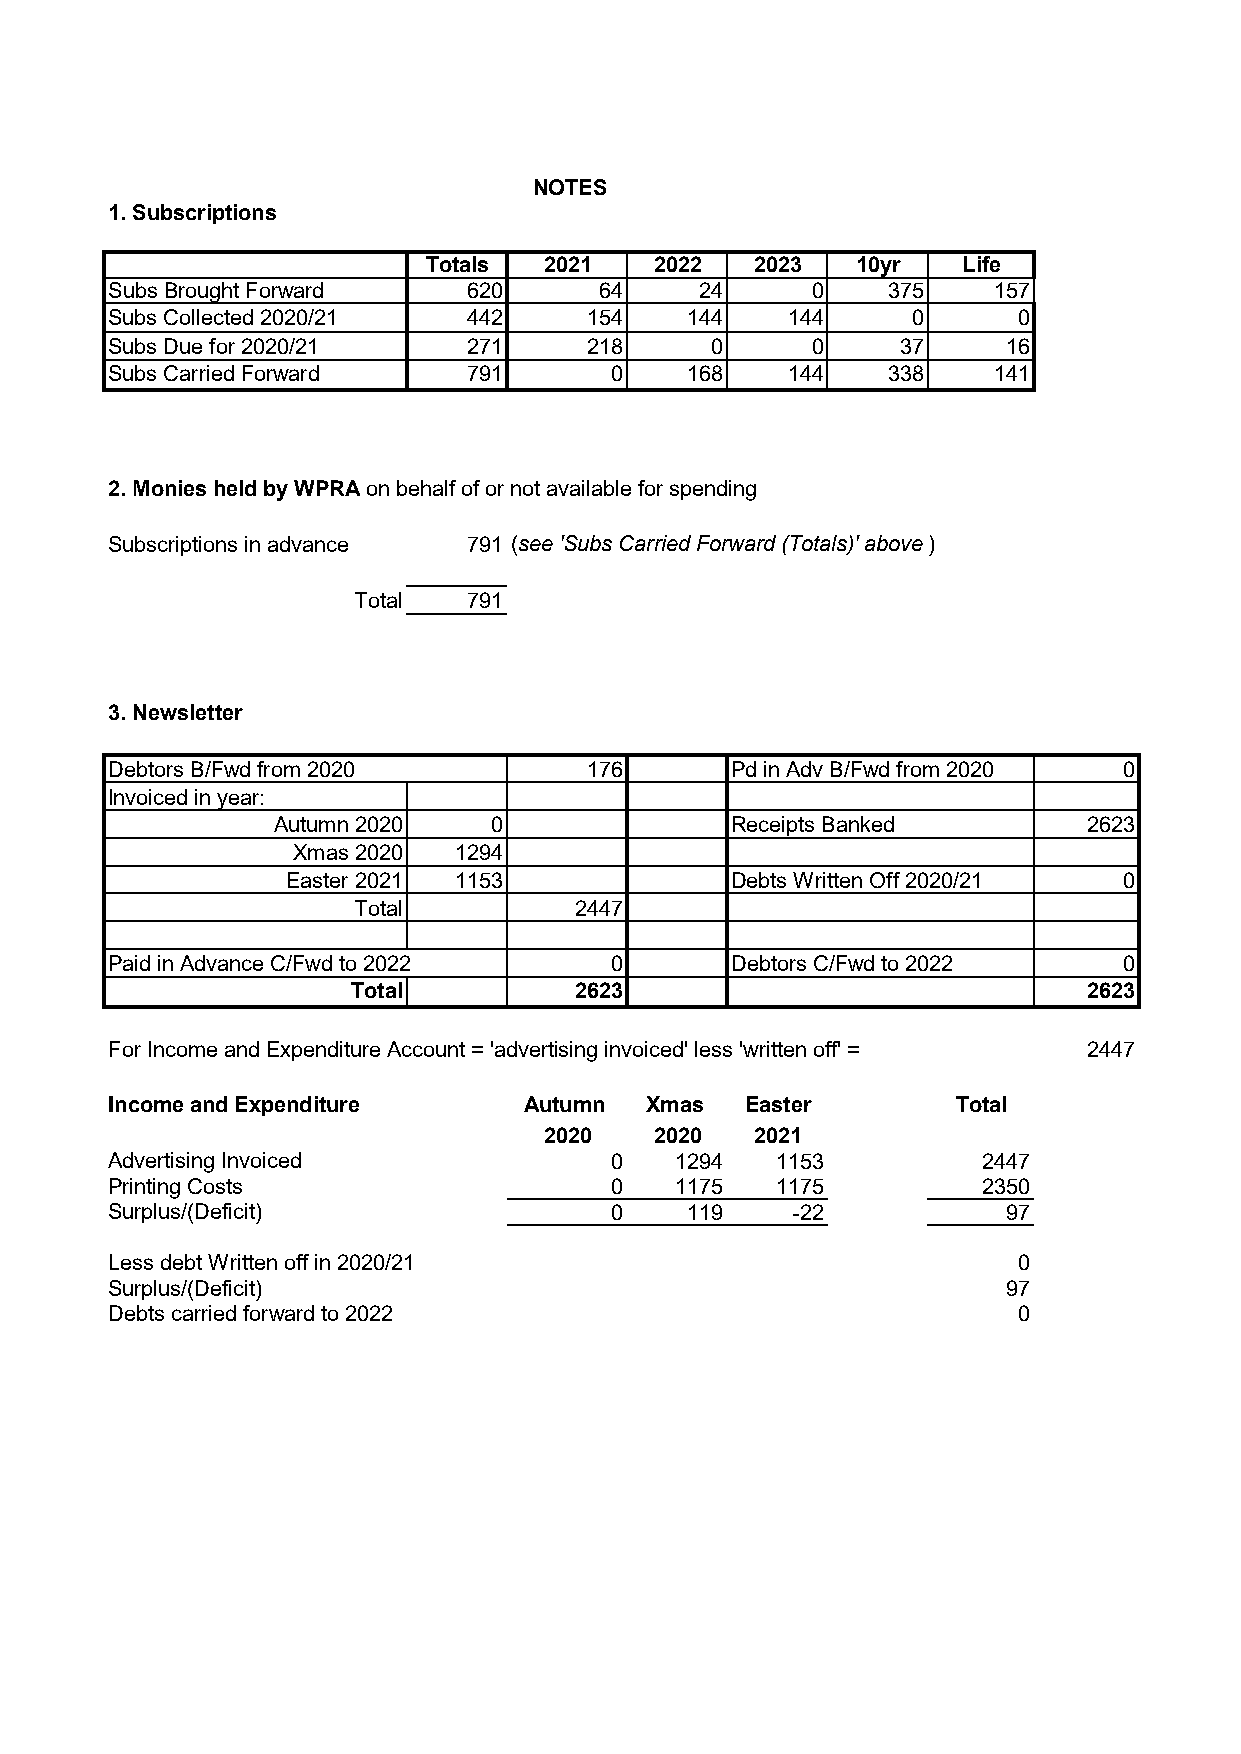
NOTES
 1. Subscriptions
 Totals  2021   2022   2023   10yr   Life
 Subs Brought Forward    620      64    24      0    375    157
 Subs Collected 2020/21  442     154   144    144     0      0
 Subs Due for 2020/21    271     218     0      0     37     16
 Subs Carried Forward    791      0    168    144    338    141
 2. Monies held by WPRA on behalf of or not available for spending
 Subscriptions in advance 791 (see 'Subs Carried Forward (Totals)' above)
 Total   791
 3. Newsletter
 Debtors B/Fwd from 2020         176      Pd in Adv B/Fwd from 2020 0
 Invoiced in year:
 Autumn 2020   0               Receipts Banked         2623
 Xmas 2020  1294
 Easter 2021 1153             Debts Written Off 2020/21 0
 Total          2447
 Paid in Advance C/Fwd to 2022    0       Debtors C/Fwd to 2022     0
 Total          2623                              2623
 For Income and Expenditure Account = 'advertising invoiced' less 'written off' = 2447
 Income and Expenditure      Autumn  Xmas  Easter        Total
 2020   2020   2021
 Advertising Invoiced             0    1294  1153          2447
 Printing Costs                   0    1175  1175          2350
 Surplus/(Deficit)                0    119    -22            97
 Less debt Written off in 2020/21                            0
 Surplus/(Deficit)                                           97
 Debts carried forward to 2022                               0